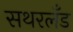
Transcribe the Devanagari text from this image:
सथरलँड